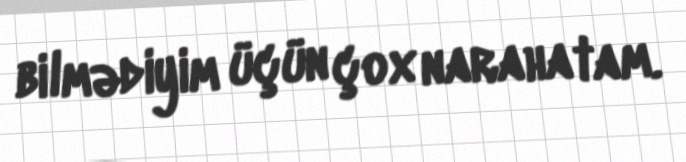
bilmədiyim üçün çox narahatam.